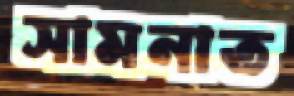
সামনাত